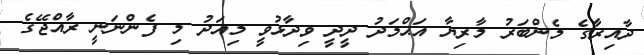
ދާއިރާގެ މެންބަރު މާރިޔާ އަޙްމަދު ދީދީ ވިދާޅުވީ މިއަދު މި ފެންނަނީ ރާއްޖޭގެ